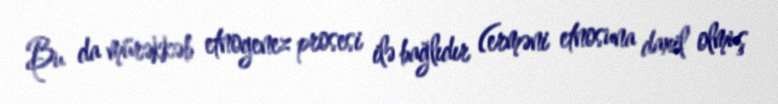
Bu da mürəkkəb etnogenez prosesi ilə bağlıdır (erməni etnosuna daxil olmuş